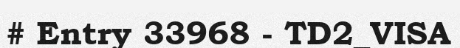
# Entry 33968 - TD2_VISA